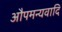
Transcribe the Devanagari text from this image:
औपमन्यवादि